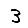
Digit: 3